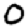
Digit: 0